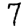
Digit: 7